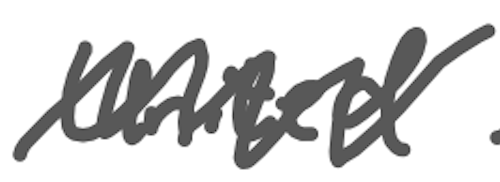
Text: United
Cross-out: zig-zag
Writing tool: digital_gray